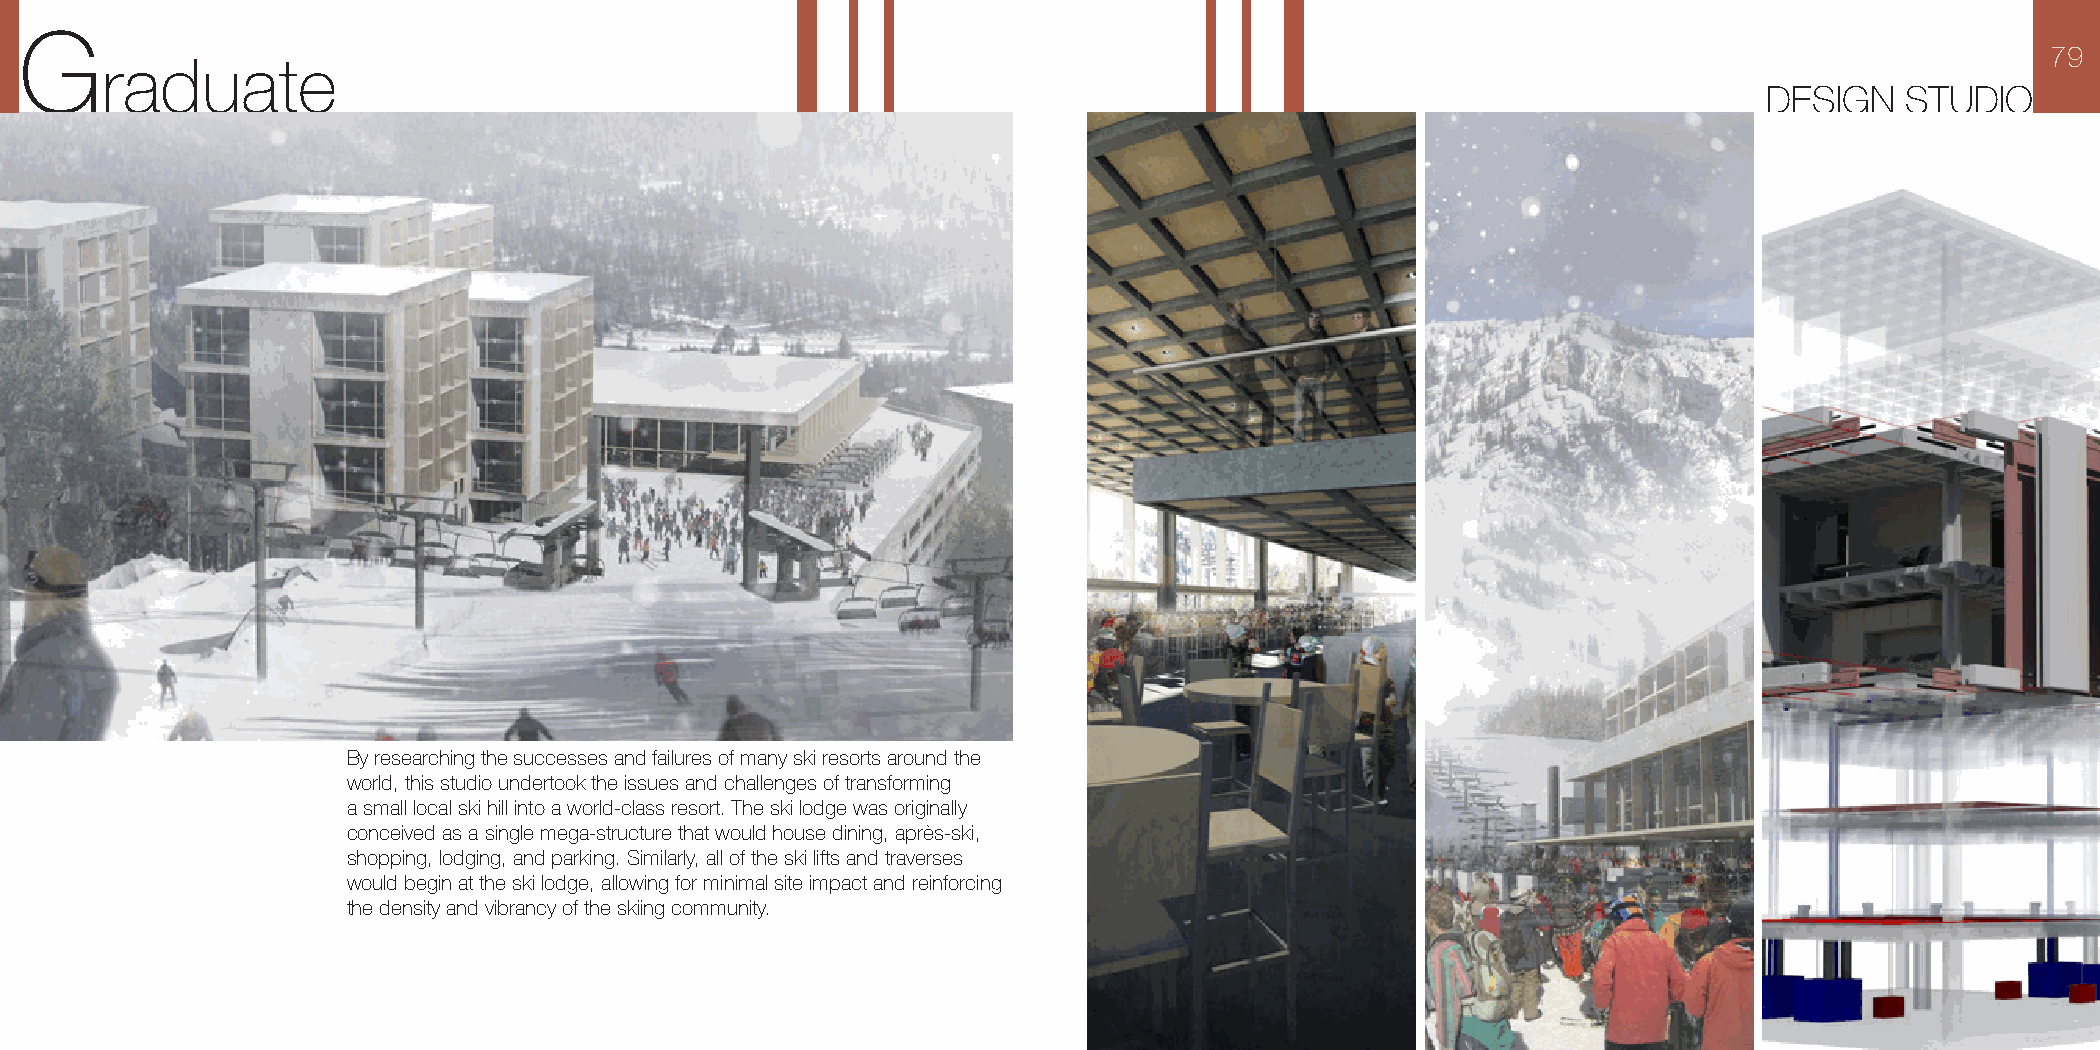
G
 79
 raduate
 DESIGN   STUDIO
 By researching the successes and failures of many ski resorts around the
 world, this studio undertook the issues and challenges of transforming
 a small local ski hill into a world-class resort. The ski lodge was originally
 conceived as a single mega-structure that would house dining, après-ski,
 shopping, lodging, and parking. Similarly, all of the ski lifts and traverses
 would begin at the ski lodge, allowing for minimal site impact and reinforcing
 the density and vibrancy of the skiing community.